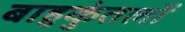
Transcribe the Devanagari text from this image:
बाहुकुंतलों